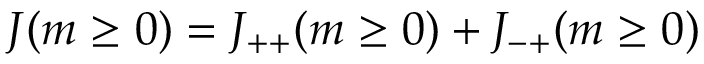
J ( m \ge 0 ) = J _ { + + } ( m \ge 0 ) + J _ { - + } ( m \ge 0 )